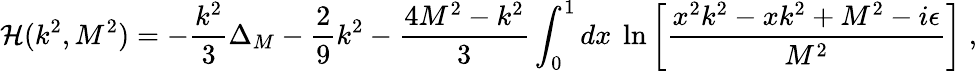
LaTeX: {\cal H}(k^{2},M^{2})=-\frac{k^{2}}{3}\Delta_{M}-\frac{2}{9}k^{2}-\frac{4M^{2}-k^{2}}{3}\int_{0}^{1}dx~\ln\left[\frac{{x^{2}k^{2}-xk^{2}+M^{2}-i\epsilon}}{M^{2}}\right]\; ,